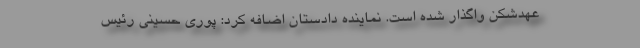
عهدشکن واگذار شده است. نماینده دادستان اضافه کرد: پوری حسینی رئیس